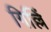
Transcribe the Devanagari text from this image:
गिल्लिं